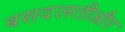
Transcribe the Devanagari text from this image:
बसदलतीऔर